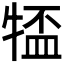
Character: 𪺰